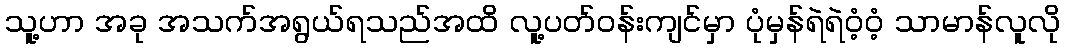
သူ့ဟာ အခု အသက်အရွယ်ရသည်အထိ လူ့ပတ်ဝန်းကျင်မှာ ပုံမှန်ရဲရဲဝံ့ဝံ့ သာမာန်လူလို